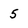
Character: 5